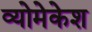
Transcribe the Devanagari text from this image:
व्योमेकेश